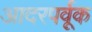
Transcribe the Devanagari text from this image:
आदरपर्वूक